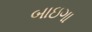
બાઇગા